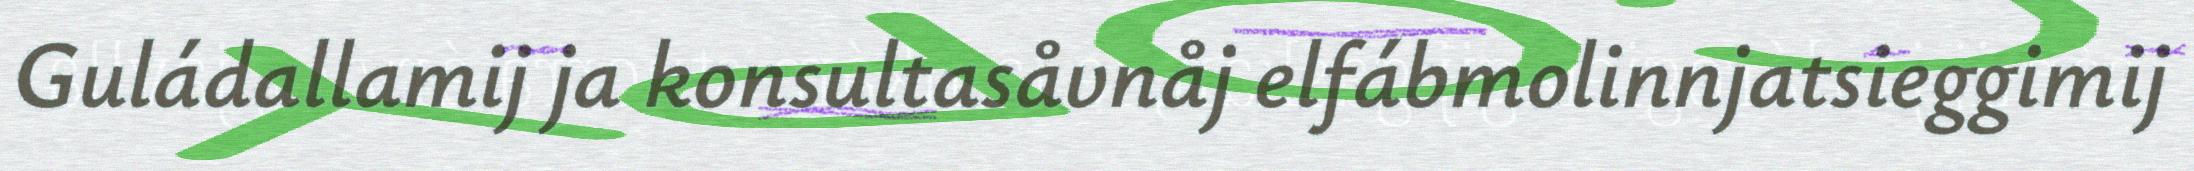
Guládallamij ja konsultasåvnåj elfábmolinnjatsieggimij